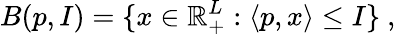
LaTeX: B(p,I)=\{ x\in\mathbb{R}_{+}^{L}:\langle p,x\rangle\leq I\} \ ,